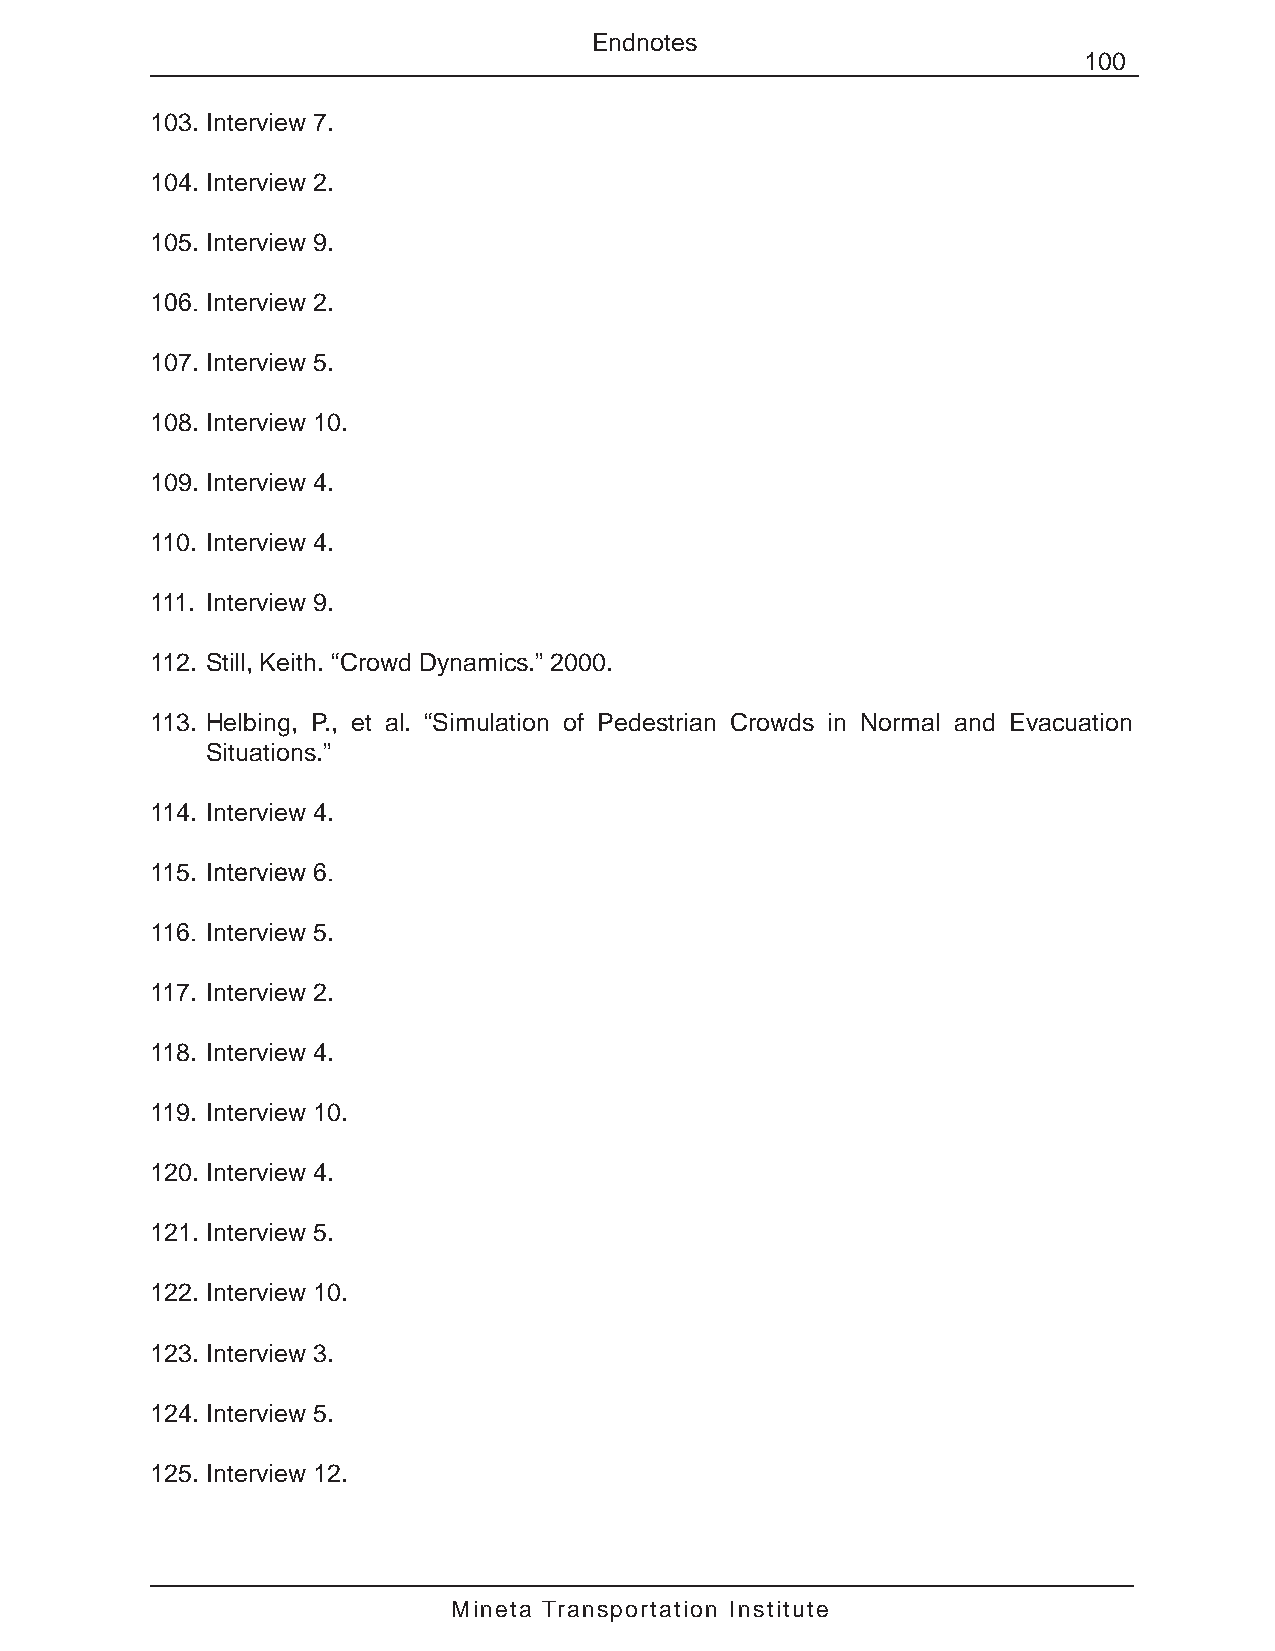
Endnotes
 100
 103. Interview 7.
 104. Interview 2.
 105. Interview 9.
 106. Interview 2.
 107. Interview 5.
 108. Interview 10.
 109. Interview 4.
 110. Interview 4.
 111. Interview 9.
 112. Still, Keith. “Crowd Dynamics.” 2000.
 113. Helbing, P., et al. “Simulation of Pedestrian Crowds in Normal and Evacuation
 Situations.”
 114. Interview 4.
 115. Interview 6.
 116. Interview 5.
 117. Interview 2.
 118. Interview 4.
 119. Interview 10.
 120. Interview 4.
 121. Interview 5.
 122. Interview 10.
 123. Interview 3.
 124. Interview 5.
 125. Interview 12.
 Mineta Transportation Institute